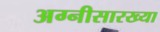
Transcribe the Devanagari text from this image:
अग्नीसारख्या